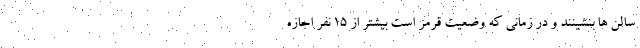
سالن ها بنشینند و در زمانی که وضعیت قرمز است بیشتر از ۱۵ نفر اجازه